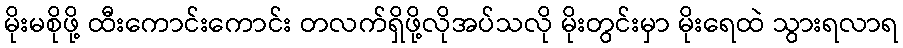
မိုးမစိုဖို့ ထီးကောင်းကောင်း တလက်ရှိဖို့လိုအပ်သလို မိုးတွင်းမှာ မိုးရေထဲ သွားရလာရ